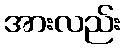
အားလည်း